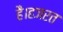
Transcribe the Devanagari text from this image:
है।हजरत